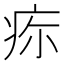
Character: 𤵜